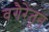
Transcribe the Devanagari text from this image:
वगैरेंतून